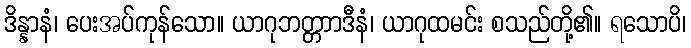
ဒိန္နာနံ၊ ပေးအပ်ကုန်သော။ ယာဂုဘတ္တာာဒီနံ၊ ယာဂုထမင်း စသည်တို့၏။ ရသောပိ၊